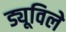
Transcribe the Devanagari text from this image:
ड्यूविले